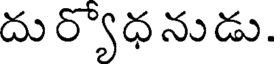
దు ర్యోధ నుడు.